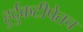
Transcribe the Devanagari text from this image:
हुर्दुकटीपेतच